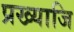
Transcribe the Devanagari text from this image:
प्रख्याजि